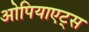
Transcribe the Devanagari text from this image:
ओपियाएट्स